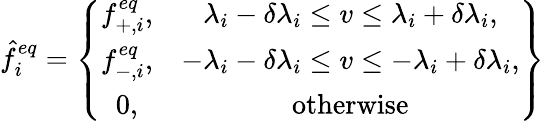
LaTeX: \hat{f}_{i}^{eq}=\left\{ \begin{array}{cc}{f_{+,i}^{eq},}&{\lambda_{i}-\delta\lambda_{i}\leq v\leq\lambda_{i}+\delta\lambda_{i},}\\ {f_{-,i}^{eq},}&{-\lambda_{i}-\delta\lambda_{i}\leq v\leq-\lambda_{i}+\delta\lambda_{i},}\\ {0,}&{\mathrm{otherwise}}\end{array}\right\}